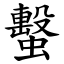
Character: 蟿